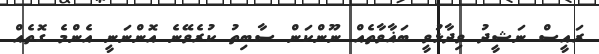
ރައީސް ނަޝީދު ވިދާޅުވީ ބަޣާވާތެއް ނޫންކަން ސާބިތު ކުރެވޭނެ އޮންނަނީ އެންމެ ގޮތެއް